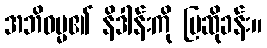
အဘိဓမ္မ၏ နိဒါန်းကို ပြဆိုခန်း။